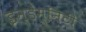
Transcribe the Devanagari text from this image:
इन्डेम्निटी